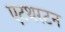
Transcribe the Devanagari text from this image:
एटथरटन